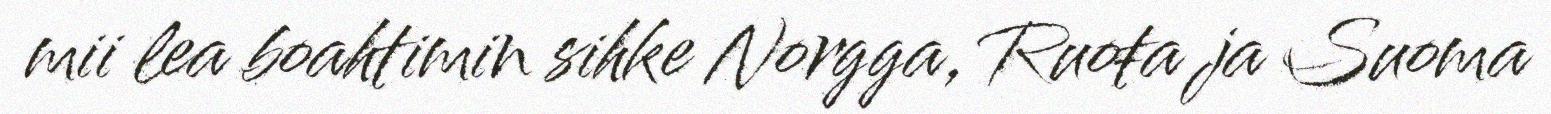
mii lea boahtimin sihke Norgga, Ruoŧa ja Suoma